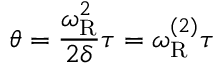
\theta = { \frac { \omega _ { \mathrm { R } } ^ { 2 } } { 2 \delta } } \tau = \omega _ { \mathrm { R } } ^ { ( 2 ) } \tau